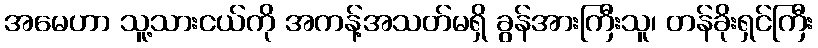
အမေဟာ သူ့သားငယ်ကို အကန့်အသတ်မရှိ ခွန်အားကြီးသူ၊ တန်ခိုးရှင်ကြီး